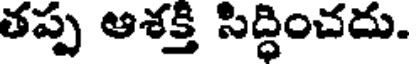
తప్ప ఆశక్తి సిద్ధించదు.